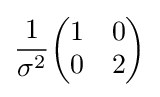
{\frac {1}{\sigma ^{2}}}{\begin{pmatrix}1&0\\0&2\end{pmatrix}}